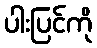
ပါးပြင်ကို